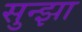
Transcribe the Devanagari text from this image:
सुन्झा